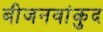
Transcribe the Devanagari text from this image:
बीजनवांकुद